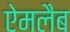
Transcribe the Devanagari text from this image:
ऐमलैब